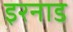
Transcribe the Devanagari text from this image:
इरनाड